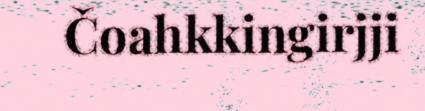
Čoahkkingirjji